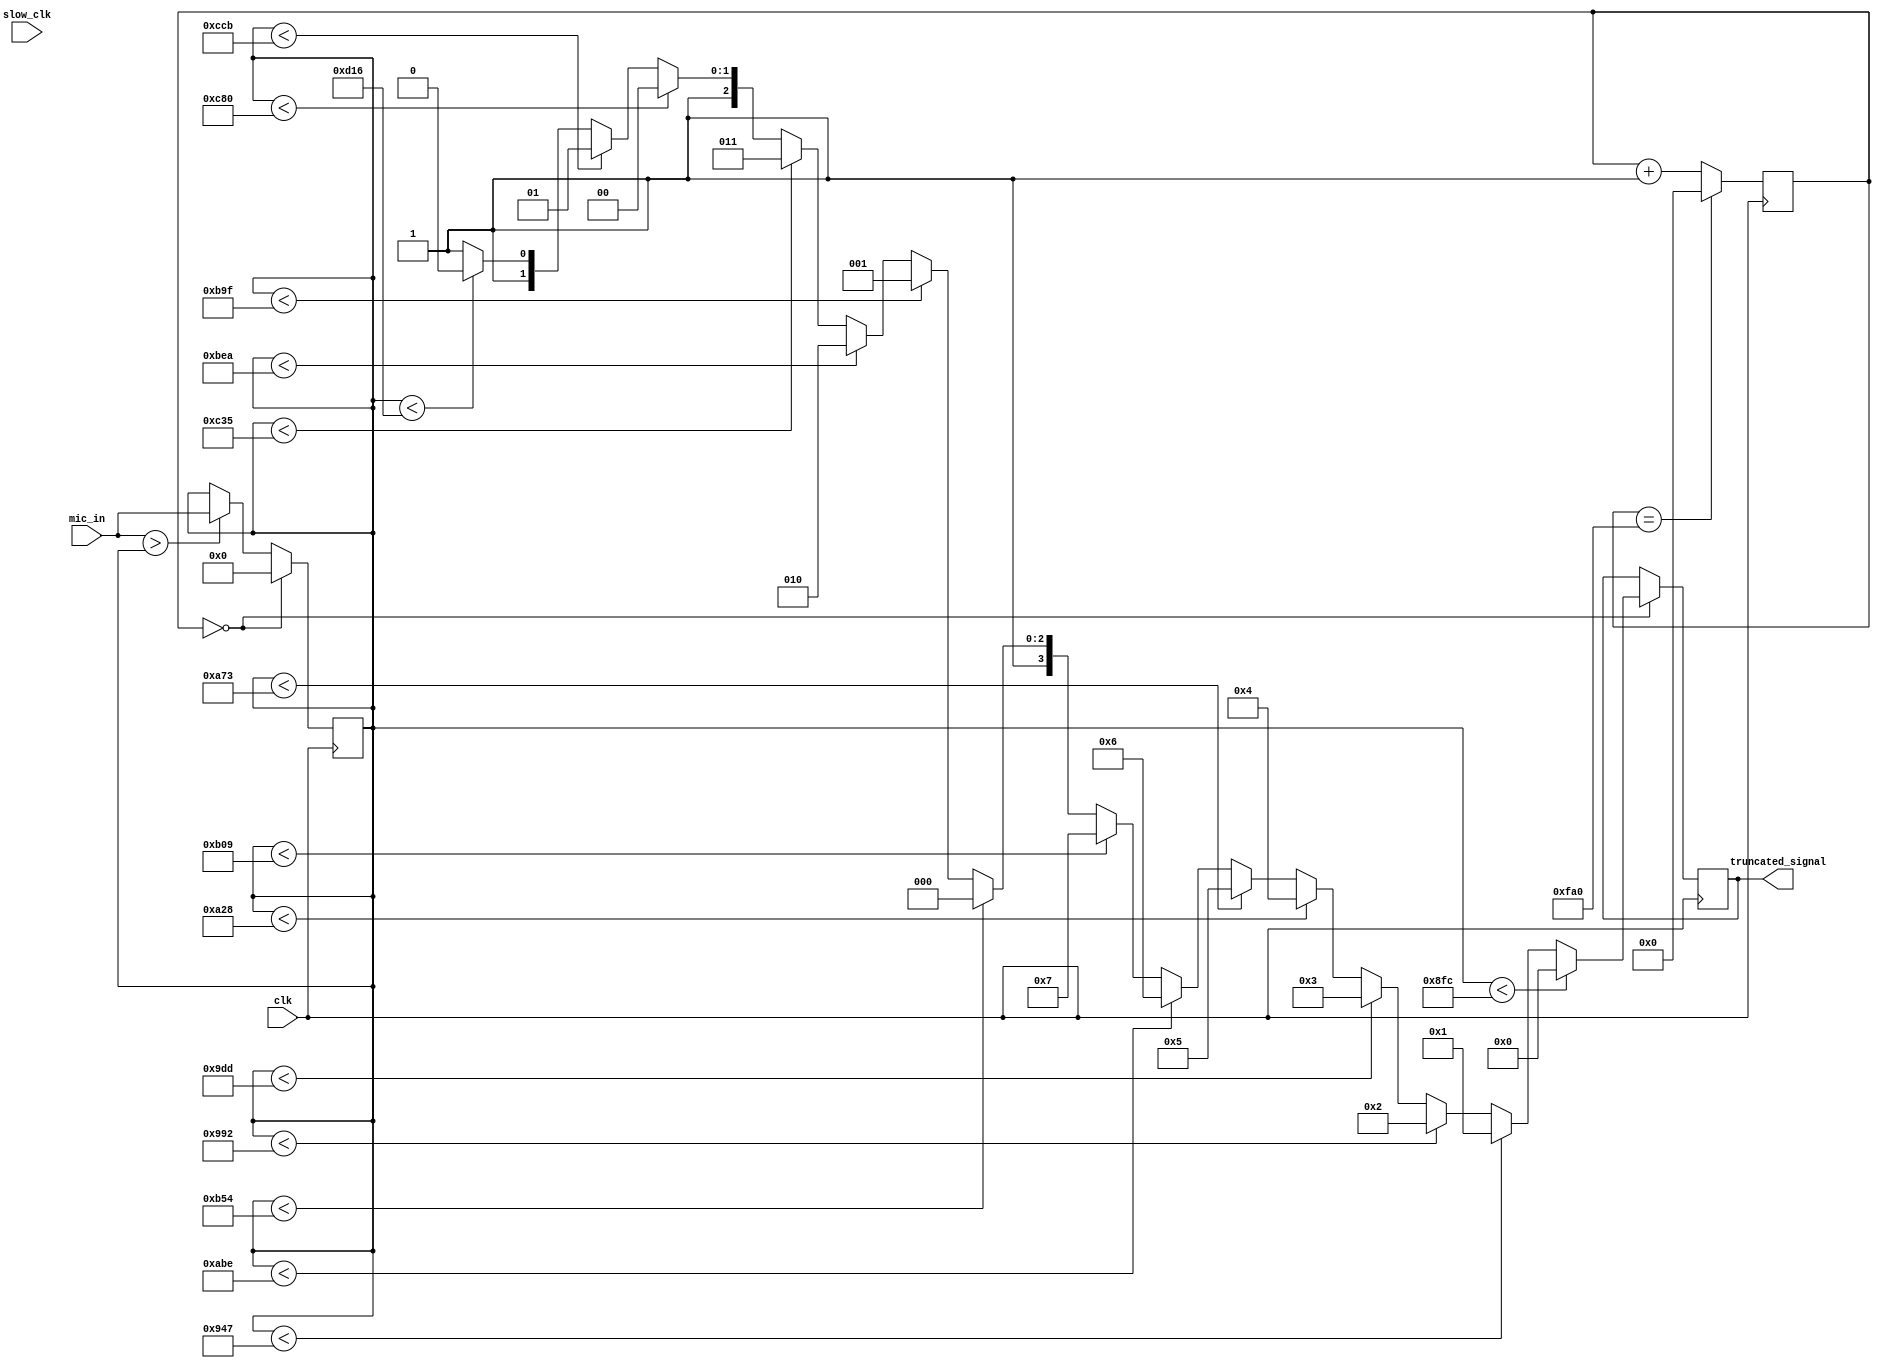
`timescale 1ns / 1ps
//////////////////////////////////////////////////////////////////////////////////
// Company: 
// Engineer: 
// 
// Design Name: 
// Module Name: signal_truncation
// Project Name: 
// Target Devices: 
// Tool Versions: 
// Description: 
// 
// Dependencies: 
// 
// Revision:
// Revision 0.01 - File Created
// Additional Comments:
// 
//////////////////////////////////////////////////////////////////////////////////


module signal_truncation(
	input clk,
	input slow_clk,
	input [11:0] mic_in,
	output reg [3:0] truncated_signal
    );
    reg[11:0] temp = 0;
    reg [25:0] COUNT = 0;
    
  
    
    always @(posedge clk) begin
    	COUNT <= (COUNT == 4000) ? 0: COUNT + 1;
    	if (COUNT == 0) begin
    		if (temp < 2300) begin
				truncated_signal <= 0;
			end
			else if (temp < 2375) begin
				truncated_signal <= 1;
			end
			else if (temp < 2450) begin
				truncated_signal <= 2;
			end
			else if (temp < 2525) begin
				truncated_signal <= 3;
			end
			else if (temp < 2600) begin
				truncated_signal <= 4;
			end
			else if (temp < 2675) begin
				truncated_signal <= 5;
			end
			else if (temp < 2750) begin
				truncated_signal <= 6;
			end
			else if (temp < 2825) begin
				truncated_signal <= 7;
			end
			else if (temp < 2900) begin
				truncated_signal <= 8;
			end
			else if (temp < 2975) begin
				truncated_signal <= 9;
			end
			else if (temp < 3050) begin
				truncated_signal <= 10;
			end
			else if (temp < 3125) begin
				truncated_signal <= 11;
			end
			else if (temp < 3200) begin
				truncated_signal <= 12;
			end
			else if (temp < 3275) begin
				truncated_signal <= 13;
			end
			else if (temp < 3350) begin
				truncated_signal <= 14;
			end
			else begin
				truncated_signal <= 15;
			end
    		temp <= 0;
    	end 
    	else begin
    		if (mic_in > temp) begin
    			temp <= mic_in;
    		end
    	end
    end
endmodule